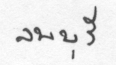
ลพบุรี